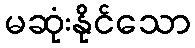
မဆုံးနိုင်သော